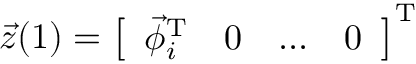
\vec { z } ( 1 ) = \left[ \begin{array} { l l l l } { \vec { \phi } _ { i } ^ { \mathrm { T } } } & { 0 } & { \ldots } & { 0 } \end{array} \right] ^ { \mathrm { T } }